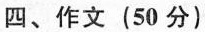
四、作文(50分)